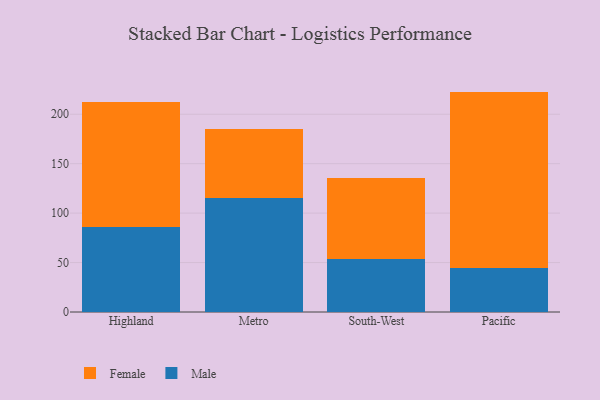
{"axis": {"x": "Region", "y": "Customer Acquisition Cost (USD)"}, "legend": ["Female", "Male"], "data": [{"x": "Highland", "y": 86.0, "type": "Male"}, {"x": "Highland", "y": 125.9, "type": "Female"}, {"x": "Metro", "y": 115.3, "type": "Male"}, {"x": "Metro", "y": 69.6, "type": "Female"}, {"x": "South-West", "y": 53.7, "type": "Male"}, {"x": "South-West", "y": 81.6, "type": "Female"}, {"x": "Pacific", "y": 44.1, "type": "Male"}, {"x": "Pacific", "y": 178.8, "type": "Female"}]}